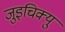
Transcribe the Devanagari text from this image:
जुइचिक्यु